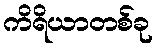
ကိရိယာတစ်ခု